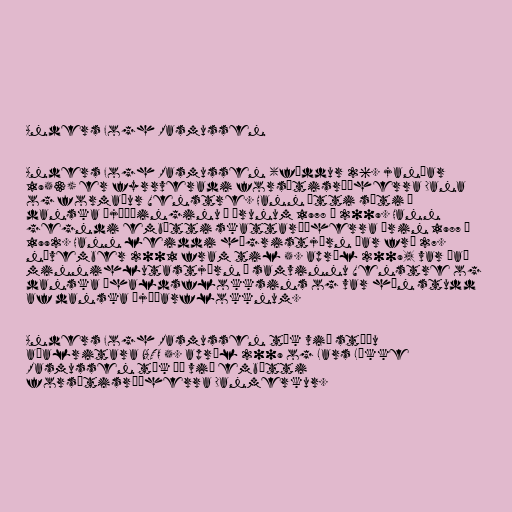
Anders Fogh Rasmussen

Anders Fogh Rasmussen (fæddur 26. janúar
1953) er fyrrveradi forsætisráðherra Dana
og formaður Venstre. Hann átti sæti á
danska þjóðþinginu á árunum 1978 – 2009. Hann
gegndi embætti skattaráðherra árin 1987 –
1992. Hann leiddi hægristjórn þar frá 27.
nóvember 2001 fram til 5. apríl 2009, var það
minnihlutastjórn í samvinnu Venstre og
danska íhaldsflokksins og var hún studd
af danska þjóðarflokknum.

Anders Fogh Rasmussen tók við stöðu
aðalritara NATO 5. apríl 2009 og Lars Løkke
Rasmussen tók þá við embætti
forsætisráðherra Danmerkur.